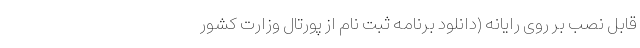
قابل نصب بر روی رایانه (دانلود برنامه ثبت نام از پورتال وزارت کشور